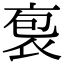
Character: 袌